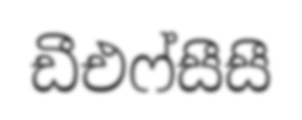
ඩීඑෆ්සීසී